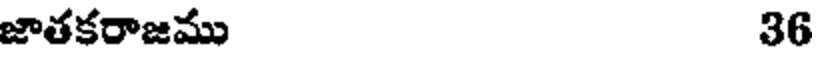
జాతకరాజము 36